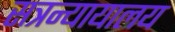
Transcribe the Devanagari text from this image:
सत्रन्यायालय